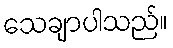
သေချာပါသည်။